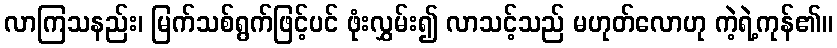
လာကြသနည်း၊ မြက်သစ်ရွက်ဖြင့်ပင် ဖုံးလွှမ်း၍ လာသင့်သည် မဟုတ်လောဟု ကဲ့ရဲ့ကုန်၏။